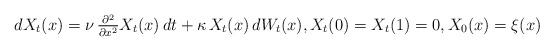
\begin{align*}& dX_t(x) = \nu \, \tfrac{ \partial^2 }{ \partial x^2 } X_t(x) \, dt + \kappa \, X_t(x) \, dW_t(x) , X_t(0) = X_t(1) = 0, X_0( x ) = \xi( x )\end{align*}